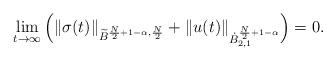
LaTeX: \begin{align*} \lim_{t\to \infty} \Big(\Vert \sigma(t)\Vert_{\widetilde{B}^{\frac{N}{2}+1-\alpha,\frac{N}{2}}}+\Vert u(t)\Vert_{\dot{B}^{\frac{N}{2}+1-\alpha}_{2,1}}\Big) = 0.\end{align*}